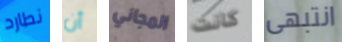
نطارد أن المجاني كانت انتبهى